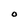
Character: O